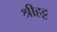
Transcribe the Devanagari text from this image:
श्रीहट्ट